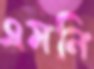
এমনি